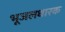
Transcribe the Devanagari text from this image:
भूजलधारक